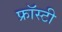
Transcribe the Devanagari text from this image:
फ्रॉस्टी